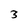
Character: 3